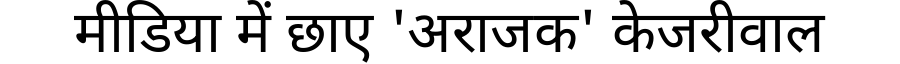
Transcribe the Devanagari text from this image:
मीडिया में छाए 'अराजक' केजरीवाल